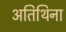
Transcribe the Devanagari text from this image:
अतिथिना